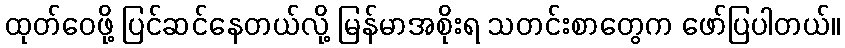
ထုတ်ဝေဖို့ ပြင်ဆင်နေတယ်လို့ မြန်မာအစိုးရ သတင်းစာတွေက ဖော်ပြပါတယ်။